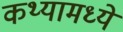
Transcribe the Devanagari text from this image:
कथ्यामध्ये